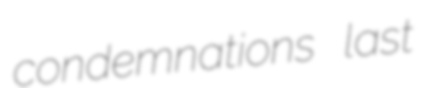
condemnations last